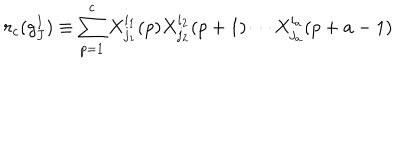
LaTeX: r _ { c } ( g _ { J } ^ { I } ) \equiv \sum _ { p = 1 } ^ { c } X _ { j _ { 1 } } ^ { i _ { 1 } } ( p ) X _ { j _ { 2 } } ^ { i _ { 2 } } ( p + 1 ) \cdots X _ { j _ { a } } ^ { i _ { a } } ( p + a - 1 )